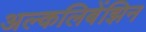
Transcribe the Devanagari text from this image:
अल्कलिबेंझिन